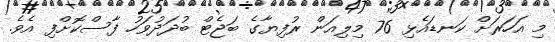
މި އަހަރަށް ކަނޑައެޅި 76 މިލިއަން ރުފިޔާގެ ބަޖެޓް ބުދަދުވަހު ފާސްކޮށްފި އެވެ.